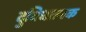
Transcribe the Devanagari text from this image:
दुविधात्मक